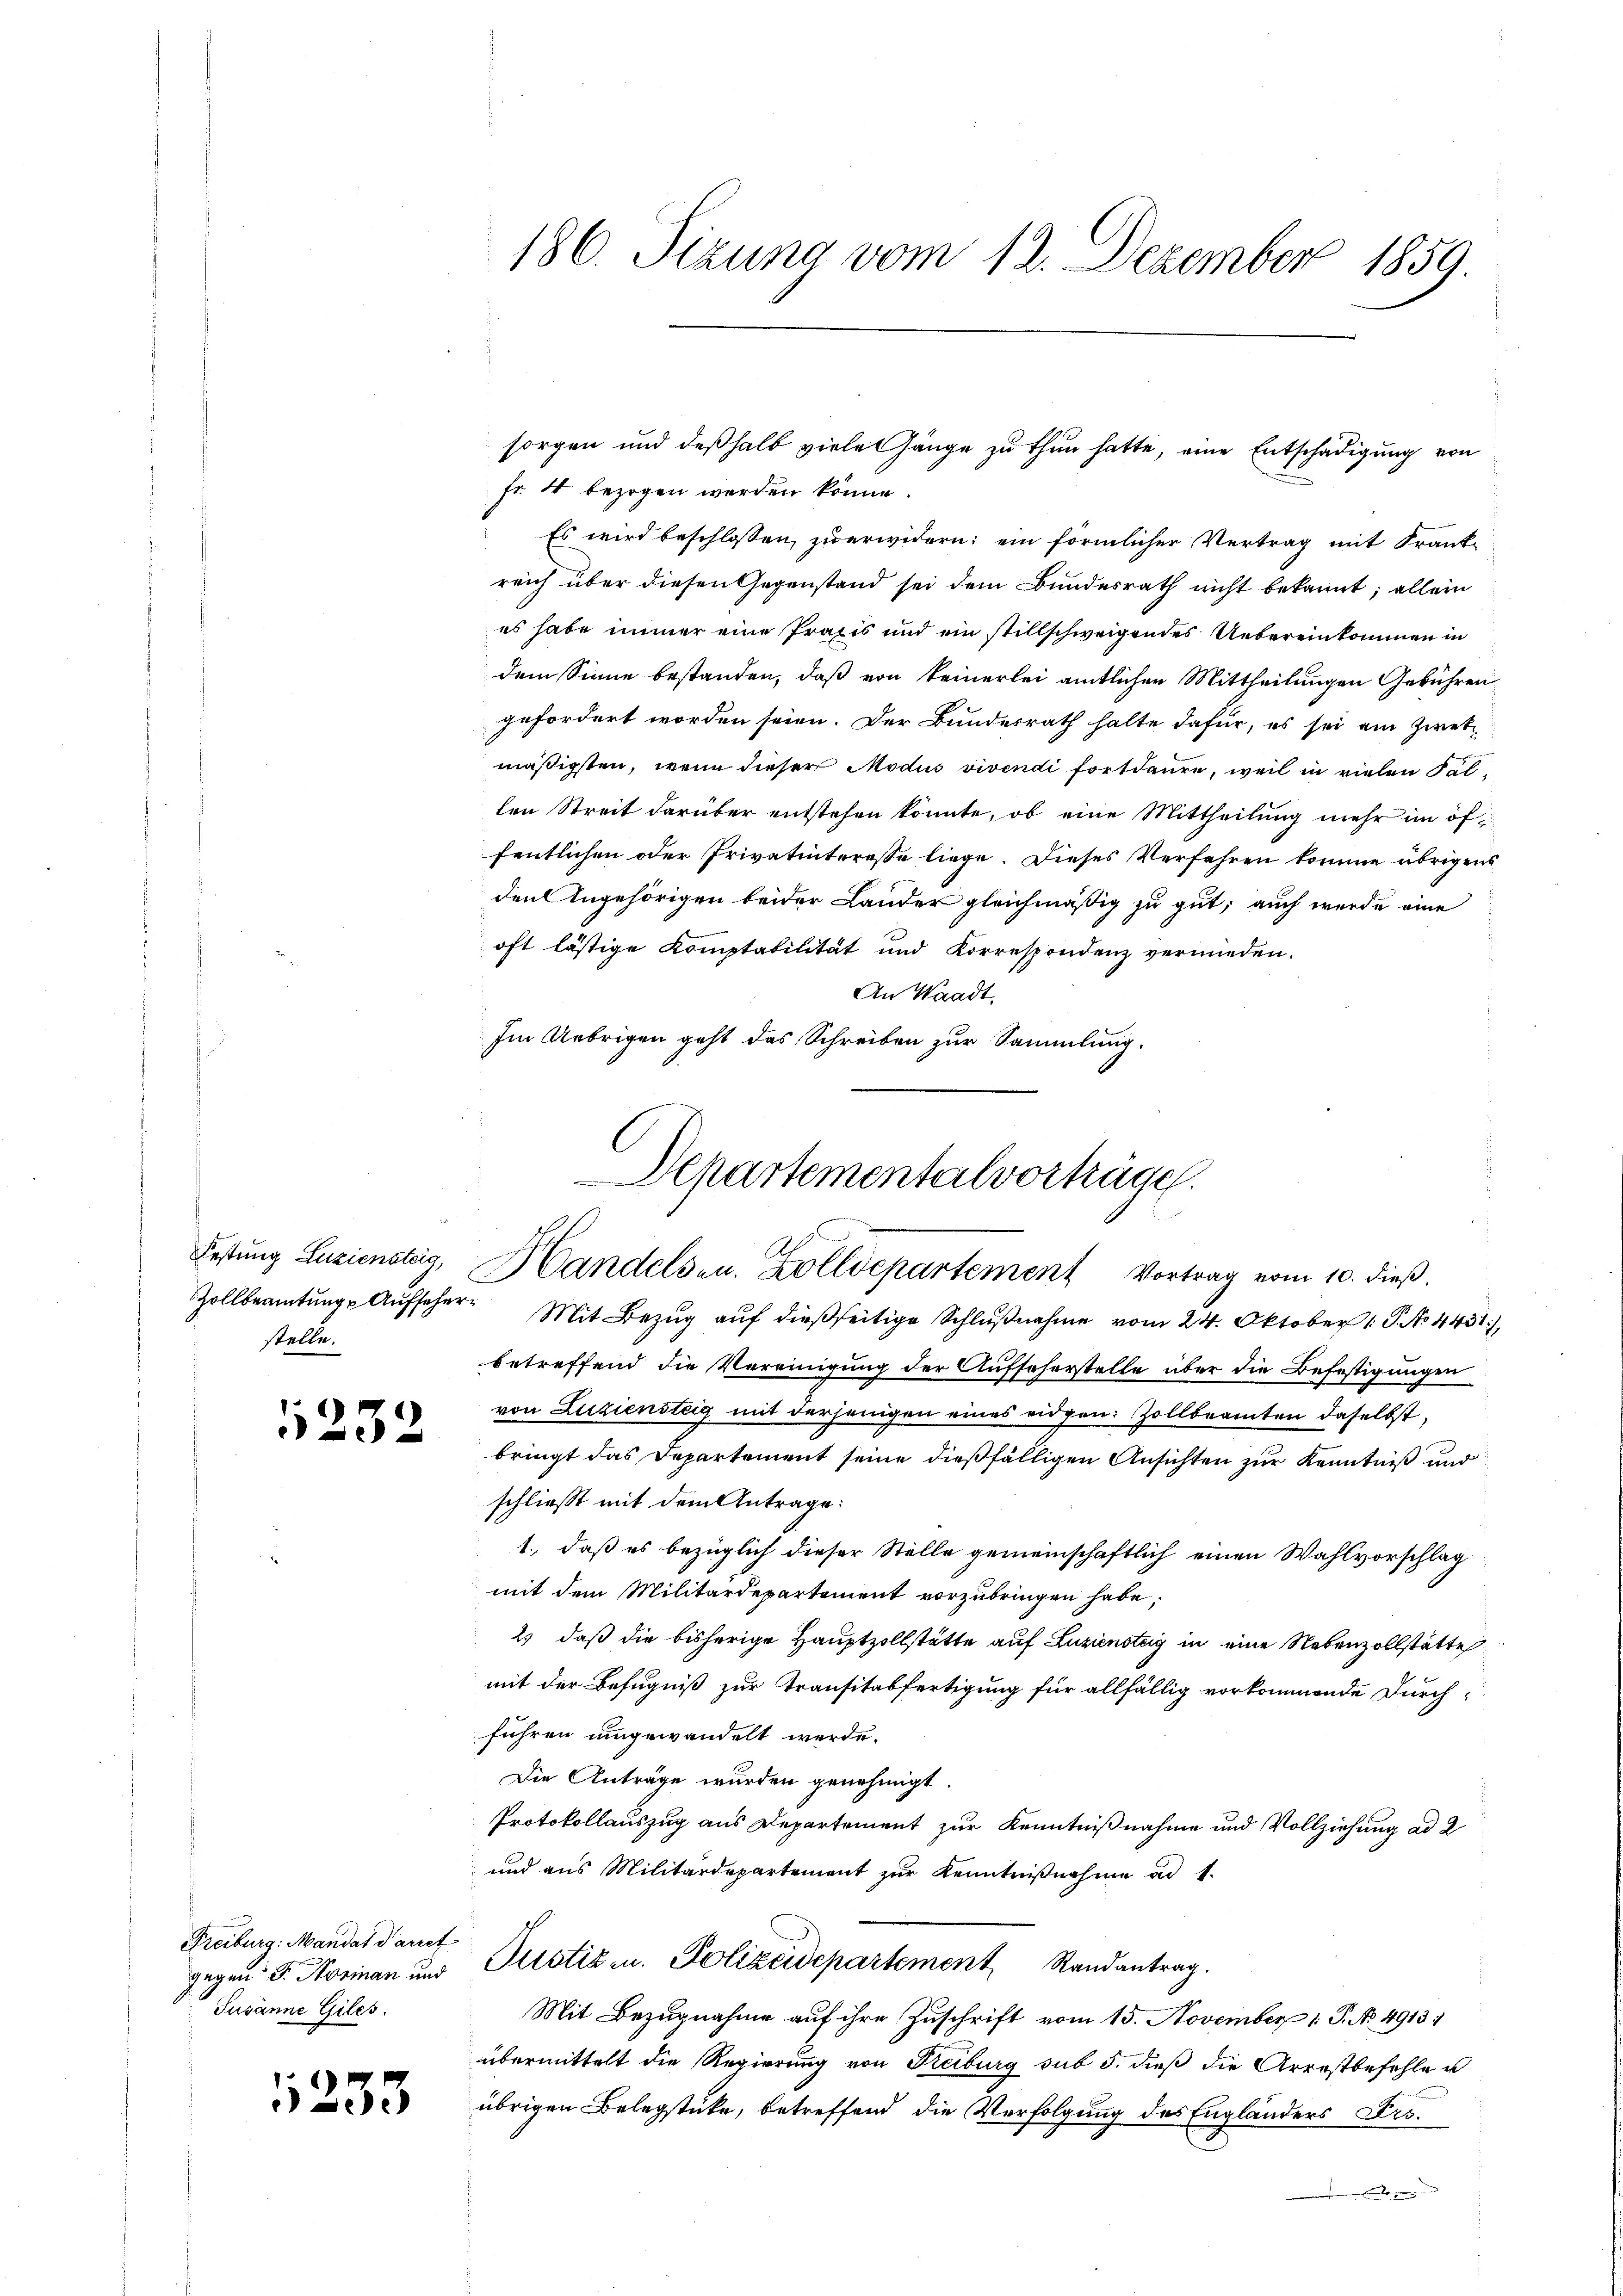
stelle.

1252

Freiburg: Mandat darret
Jusanne Giles.

233

Fr. 4 bezogen werden könne.
Es wird beschlossen zu erwidern; ein förmlicher Vertrag mit Frank-
reich über diesen Gegenstand sei dem Bundesrath nicht bekannt; allein
es habe immer eine Praxis und ein stillschweigendes Uebereinkommen in
dem Sinne bestanden, daß von keinerlei amtlichen Mittheilungen Gebühren
gefordert worden seien. Der Bundesrath halte dafür, es sei am Zwet-
mäßigsten, wenn dieser Modius vivendi fortdaure, weil in vielen Fallen Streit darüber entstehen könnte, ob eine Mittheilung mehr im öffentlichen oder Privatinteresse liege. Dieses Verfahren komme übrigens
den Angehörigen beider Lander gleichmäßig zu gut, auch werde eine
oft lästige Komptabilität und Korrespondenz vermieden.
An Waadt.
Im Uebrigen geht das Schreiben zur Sammlung.

186. Sizung vom 12. Dezember 1859.

¬
Departementalvorträge.
Festung Luziensteig, Handelsen. Zolldepartement Vortrag vom 10. dieβ.
Zollbeamtŭng Aŭfseher Mit Bezŭg aŭf dießseitige Schlŭβnahme vom 24. Oktober 1 P. No 4431)

betreffend die Vereinigung der Aufscherstelle über die Befestigungen
von Luziensteig mit derjenigen eines eidgen. Zollbeamten daselbst,
bringt das Departement seine dießfälligen Ansichten zur Kenntniß und
schließt mit dem Antrage:
1., daß es bezüglich dieser Stelle gemeinschaftlich einen Wahlvorschlag
mit dem Militärdepartement vorzubringen habe,
2) daß die bisherige Hauptzollstätte auf Luzienstag in eine Nebenzollstätte
mit der Befugniß zur Transitabfertigung für allfällig vorkommende durchführen umgewandelt werde.
Die Anträge wurden genehmigt.
Protokollauszug aus Departement zur Kenntnißnahme und Vollziehung ad 2
und aus Militärdepartement zur Kenntnißnahme ad 1.
gegen 5. Norian und Justiz u. Polizeidepartement Randantrag.
Mit Bezugnahme auf ihre Zuschrift vom 15. November 1. P. No. 4913.
übermittelt die Regierung von Reiburg sub 5. dieß die Arrestbefehle u
übrigen Belegstücke, betreffend die Verfolgung des Engländers Proo

sorgen und deßhalb viele länge zu thun hatte, eine Entschädigung von